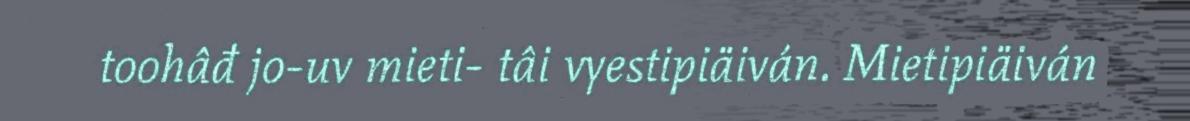
toohâđ jo-uv mieti- tâi vyestipiäiván. Mietipiäiván